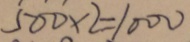
5 0 0 \times 2 = 1 0 0 0